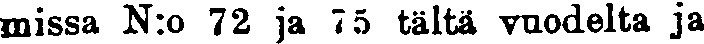
missa N:o 72 ja 75 tältä vuodelta ja